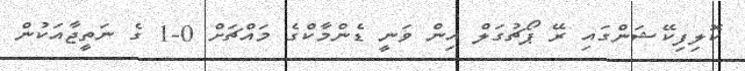
ކޮލިފިކޭޝަންގައި ރޭ ޕޯޗުގަލް އިން ވަނީ ޑެންމާކްގެ މައްޗަށް 0-1 ގެ ނަތީޖާއަކުން